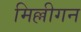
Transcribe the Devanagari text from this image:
मिल्लीगन